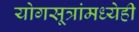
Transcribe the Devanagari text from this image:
योगसूत्रांमध्येही